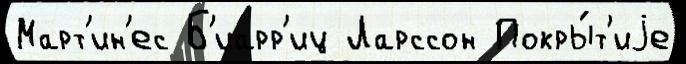
Март'ин'ес Б'иарр'иц Ларссон Покры́т'иjе